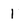
Character: I